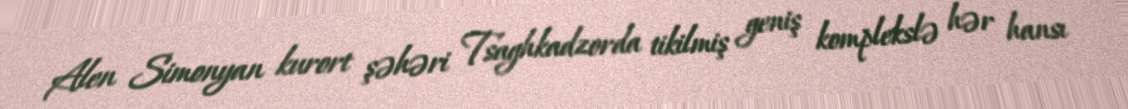
Alen Simonyan kurort şəhəri Tsaghkadzorda tikilmiş geniş komplekslə hər hansı